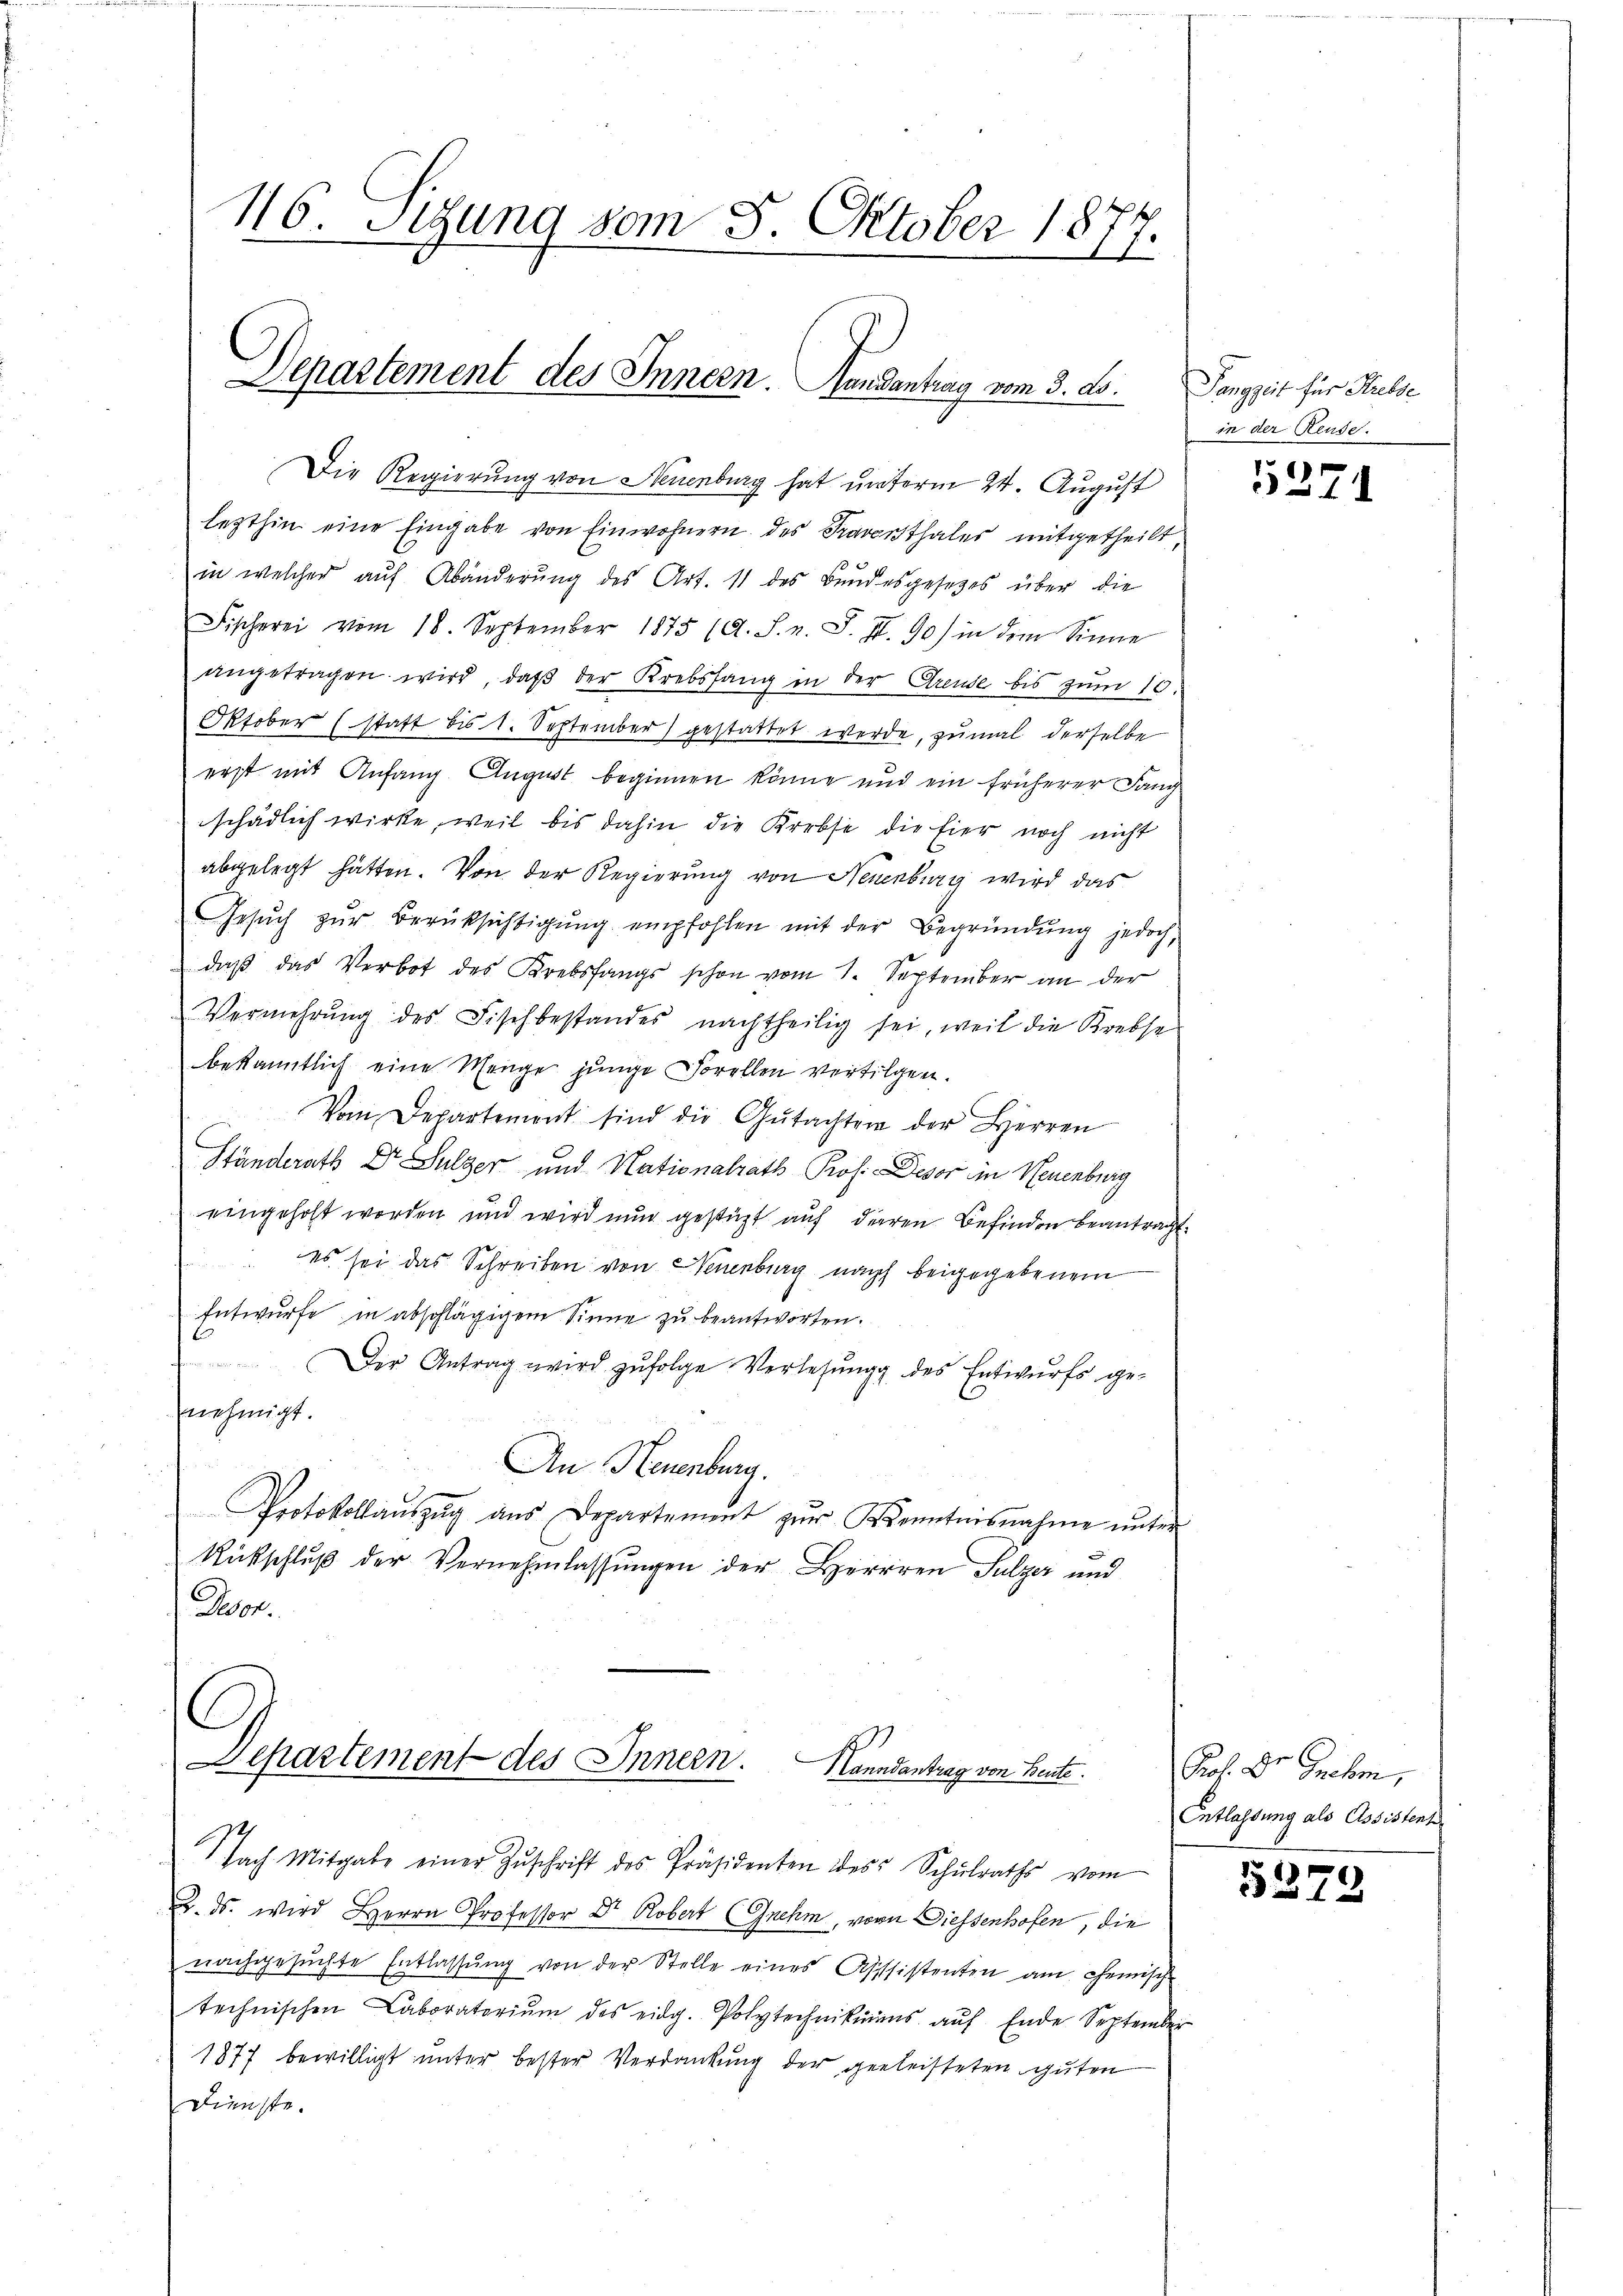
16. Sigung vom 8. Oktober 1877.

Departement des Innern. Handantrag vom 3. d.

Die Regierung von Neuenburg hat unterm 24. August
lezthin eine Eingabe von Einwohnern des Fraversthaler mitgetheilt
in welcher auf Abänderŭng des Art. 11 des Bundesgesetzes über die
Fischerei vom 18. September 1875 (d. S. v. J. J. 90) in dem Sinne
angetragen wird, daβ der Krebsfang in der Greuse bis zum 10.
Oktober (statt bis 1. September) gestattet werde, zumal derselbe
erst mit Anfang. August beginnen könne und ein früherer Lang
schädlich wirke, weil bis dahin die Krebse die Eier noch nicht
abgelegt hätten. Von der Regierung von Neuenburg wird das
Gesŭch zŭr Berüksichtigŭng empfohlen mit der Begründung jedoch,
daβ das Verbot des Krebsfangs schon vom 1. September an der
Vermehrŭng des Fischbestandes nachtheilig sei, weil die Krebse
bekanntlich eine Menge junge Forellen vertilgen.
Vom Departement sind die Gŭtachten der Herren
Ständerath Dr Sulzer und Nationalrath Prof. Deser in Neuenburg
eingeholt worden und wird nun gestüzt auf dieren Befinden beantragt.
es sei das Schreiben von Neuenburg nach beigegebenem
Entwurfe in abschlägigem Sinne zu beantworten.
Der Antrag wird zŭfolge Verlesung des Entwurfs ge-
hnnehmigt.
An Neuenburg.
Protokollaŭszŭg aŭs Departement zŭr Kenntnisnahme ŭnter
Rückschlŭβ der Vernehmlassŭngen der Herrren Sulzer und
Desor

Departement des Innern.
Hanndantrag von Beute.

Nach Mitgabe einer Zŭschrift des Präsidenten des Schŭlraths vom
2. ds. wird Herrn Professor Dr. Robert (Gnehm, vorn Diessenhofen, die
nachgesuchte Entlassung von der Stelle eines Assistenten am Chemisch
technischen Laboratoriŭm des eidg. Polytechnikums aŭf Ende September
1877 bewilligt unter bester Verdankung der geleisteten guten
Dienste.

Pangzeit für Strebse
in der Reude.

5371

Arch. Dr. Greben,
Entlassung als Assistent

5379